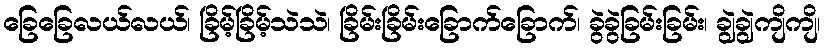
ခြေခြေလယ်လယ်၊ ခြိမ့်ခြိမ့်သဲသဲ၊ ခြိမ်းခြိမ်းခြောက်ခြောက်၊ ခွဲခွဲခြမ်းခြမ်း၊ ချွဲချွဲကျိကျိ၊